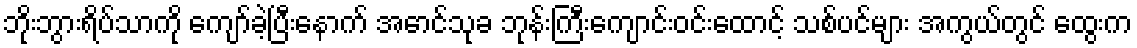
ဘိုးဘွားရိပ်သာကို ကျော်ခဲ့ပြီးနောက် အောင်သုခ ဘုန်းကြီးကျောင်းဝင်းထောင့် သစ်ပင်များ အကွယ်တွင် ထွေးက